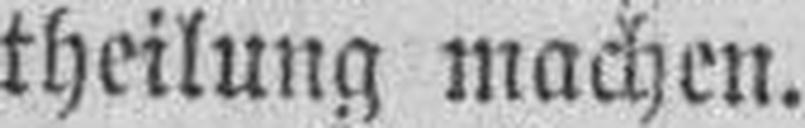
theilung machen.